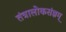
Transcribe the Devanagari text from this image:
तंत्रालोकसंज्ञम्